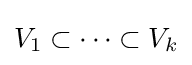
{\textstyle V_{1}\subset \cdots \subset V_{k}}